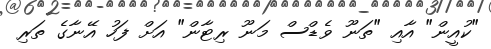
"ކުއީން" އާއި "ތަނޫ ވެޑްސް މަނޫ ރިޓާން" އަށް ފަހު އޭނާގެ ތަރި